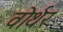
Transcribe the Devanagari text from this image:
वोर्थर